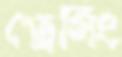
ড্রেসিং